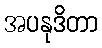
အပနုဒိတာ